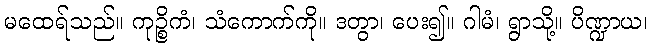
မထေရ်သည်။ ကုဉ္စိကံ၊ သံကောက်ကို။ ဒတွာ၊ ပေး၍။ ဂါမံ၊ ရွာသို့။ ပိဏ္ဍာယ၊